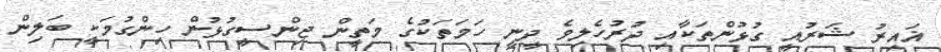
ޣައިރު ޝަރުއީ ގުޅުންތަކާއި ދުރުހެލިވެ ދީނީ ހަމަތަކުގެ މަތީން ޖިންސީގުޅުން ހިންގުމަކީ ބަލިން